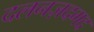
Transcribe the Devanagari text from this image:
दलनज़दगद